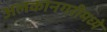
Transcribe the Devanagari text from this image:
अलकानगरीमध्ये